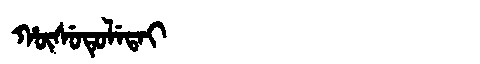
Manchu: ᡥᡡᠰᡠᡨᡠᠯᡝᡨᠠᡳ
Romanization: HŪSUTULETAI